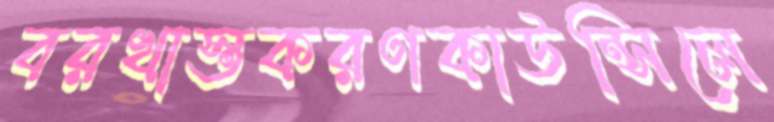
বরখাস্তকরণকাউন্সিলে